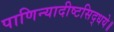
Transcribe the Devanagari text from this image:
पाणिन्यादीष्टसिद्धये॥